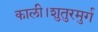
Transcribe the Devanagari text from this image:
काली।शुतुरमुर्ग